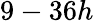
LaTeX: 9-36h